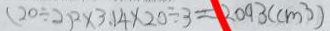
( 2 0 \div 2 ) ^ { 2 } \times 3 . 1 4 \times 2 0 \div 3 = 2 0 9 3 ( c m ^ { 3 } )